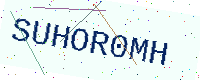
Text: SUHOR0MH